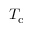
T _ { \mathrm { { c } } }